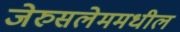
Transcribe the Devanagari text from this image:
जेरुसलेममधील